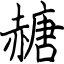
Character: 赯